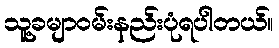
သူ့ခမျာဝမ်းနည်းပုံရပါတယ်။